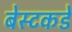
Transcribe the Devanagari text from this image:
बेस्टकडे